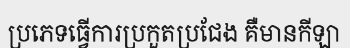
ប្រភេទធ្វើការប្រកួតប្រជែង គឺមានកីឡា